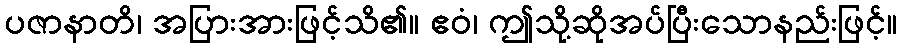
ပဇာနာတိ၊ အပြားအားဖြင့်သိ၏။ ဧဝံ၊ ဤသို့ဆိုအပ်ပြီးသောနည်းဖြင့်။